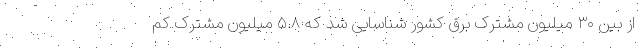
از بین ۳۰ میلیون مشترک برق کشور شناسایی شد که ۵.۸ میلیون مشترک کم